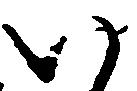
い